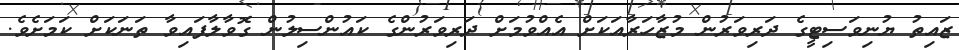
ޒައިތު ޔުނިވަސިޓީގެ ދަރިވަރުން މުޒާހަރާއަކަށް އެއްވުމަށް ދަރިވަރުންގެ ކައުންސިލުން ގޮވާލާފައިވާ ތަނަކަށް ކަމަށެވެ.